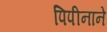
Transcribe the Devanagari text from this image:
पिपीनाने